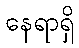
နေရာရှိ